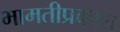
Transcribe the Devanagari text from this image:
भामतीप्रकाश